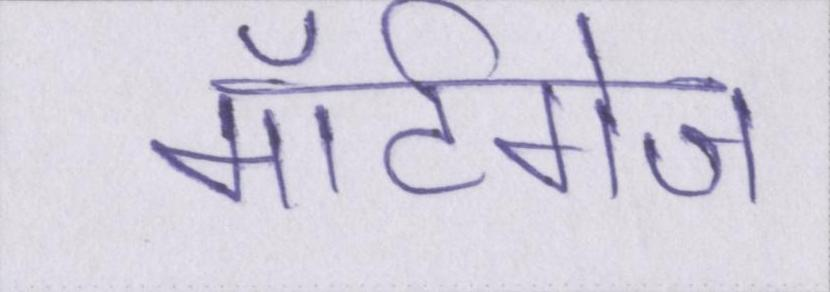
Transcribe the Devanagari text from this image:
मॉर्टगेज